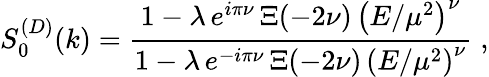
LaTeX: S_{0}^{(D)}(k)=\frac{1-\lambda\, e^{i\pi\nu}\, \Xi(-2\nu)\, \left(E/\mu^{2}\right)^{\nu}}{1-\lambda\, e^{-i\pi\nu}\, \Xi(-2\nu)\, \left(E/\mu^{2}\right)^{\nu}}\; ,